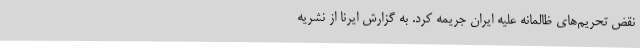
نقض تحریم‌های ظالمانه علیه ایران جریمه کرد. به گزارش ایرنا از نشریه